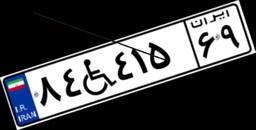
۷۵W۱۹۵۷۴